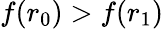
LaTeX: f(r_{0})>f(r_{1})